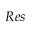
R e s